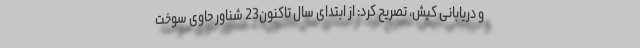
و دریابانی کیش، تصریح کرد: از ابتدای سال تاکنون23 شناور حاوی سوخت